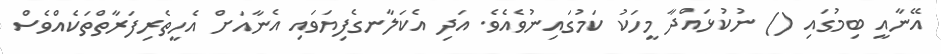
އޭނާއީ ބިމުގައި () ނުކުޅައްދާ މީހަކު ކަމުގައިނުވެއެވެ. އަދި އެކަލާނގެފިޔަވައި އެނާއަށް އެހީތެރިފަރާތްތަކެއްވެސް